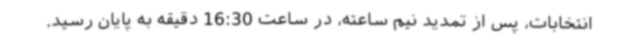
انتخابات، پس از تمدید نیم ساعته، در ساعت 16:30 دقیقه به پایان رسید.